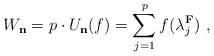
LaTeX: \begin{align*} W_{\bf n} =p\cdot U_{\bf n}(f)=\sum_{j=1}^p f(\lambda_j^{\bf F}) ~,\end{align*}